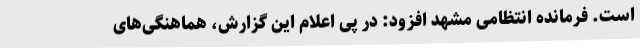
است. فرمانده انتظامی مشهد افزود: در پی اعلام این گزارش، هماهنگی‌های